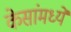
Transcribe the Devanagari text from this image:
केसांमध्ये